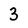
Character: 3